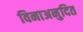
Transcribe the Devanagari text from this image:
विनाअनुदित